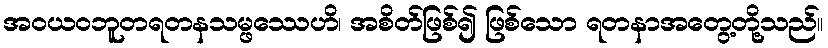
အဝယဝဘူတရတနသမ္ဖဿေဟိ၊ အစိတ်ဖြစ်၍ ဖြစ်သော ရတနာအတွေ့တို့သည်။